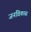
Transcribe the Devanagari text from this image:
जनविकास